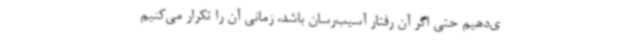
ی‌دهیم حتی اگر آن رفتار آسیب‌رسان باشد، زمانی آن را تکرار می‌کنیم